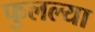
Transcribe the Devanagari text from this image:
फुलल्या